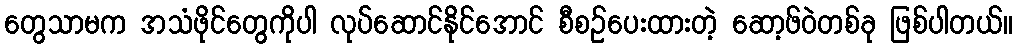
တွေသာမက အသံဖိုင်တွေကိုပါ လုပ်ဆောင်နိုင်အောင် စီစဉ်ပေးထားတဲ့ ဆော့ဖ်ဝဲတစ်ခု ဖြစ်ပါတယ်။